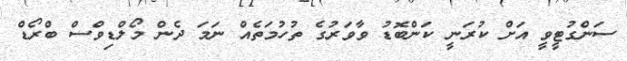
ސަންގުޓީވީ އަށް ކުރަނީ ކަންބޮޑު ވާވަރުގެ ތުހުމަތެއް ނަމަ ދެން މޯލްޑިވްސް ބްރޯޑް